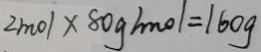
2 m o l \times 8 0 g m o l = 1 6 0 g